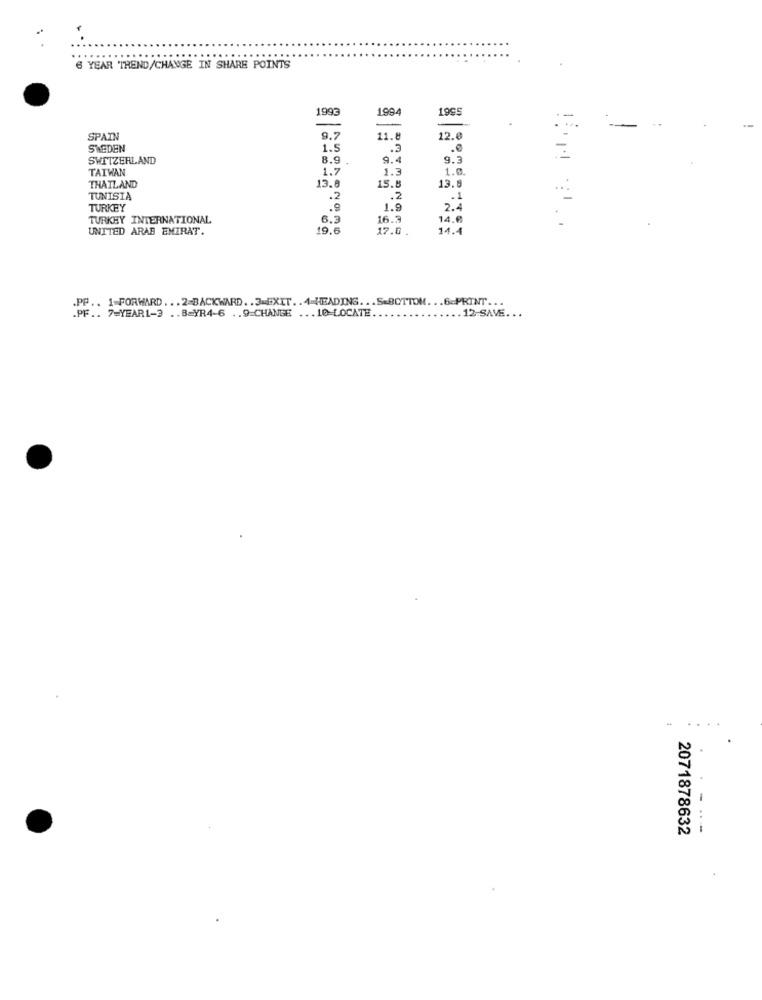
6 YEAR TREND/CHANGE IN SHARE POINTS
S56T
1992
1994
SPAIN
9.7
11.8
12.0
SWEDEN
1.5
.3
.0
SWITZERLAND
8.9
9.4
9.3
TAIWAN
1.7
1.3
1.0.
15.8
13.8
THAILAND
13.8
TUNISIA
.2
.2
.1
TURKEY
.9
1.9
2.
TURKEY INTERNATIONAL
6.3
16.3
14.6
UNITED ARAB EMIRAT.
19.
17.0 .
14.4
.PP .. 1-FORWARD ... 2-BACKWARD .. 3=EXIT .. 4-HEADING ... S-BOTTOM ... 6-PRINT ...
.PF .. 7=YEAR1-3 .. B=YR4-6 .. 9 CHANGE ... 10-LOCATE ..
.12-SAVE. . .
2071878632
---